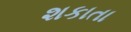
શકાતા